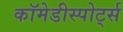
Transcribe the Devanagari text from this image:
कॉमेडीस्पोर्ट्स